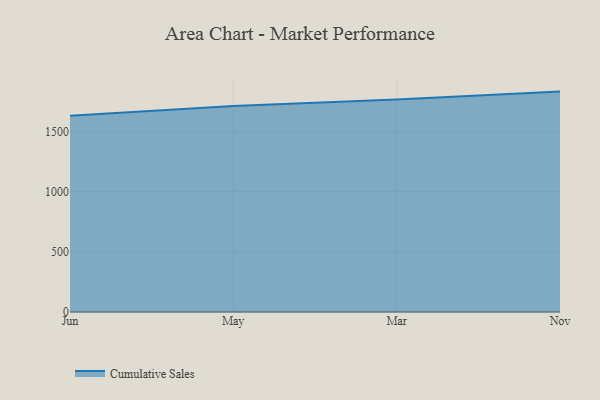
{"axis": {"x": "Month", "y": "Latency (ms)"}, "legend": ["Cumulative Sales"], "data": [{"x": "Jun", "y": 1630.8, "type": "Cumulative Sales"}, {"x": "May", "y": 1711.9, "type": "Cumulative Sales"}, {"x": "Mar", "y": 1766.8, "type": "Cumulative Sales"}, {"x": "Nov", "y": 1831.5, "type": "Cumulative Sales"}]}